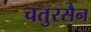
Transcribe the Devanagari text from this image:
चतुरसैन